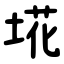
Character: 埖